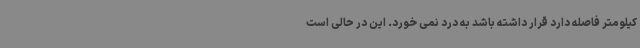
کیلومتر فاصله دارد قرار داشته باشد به درد نمی خورد. این در حالی است